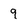
Character: 9